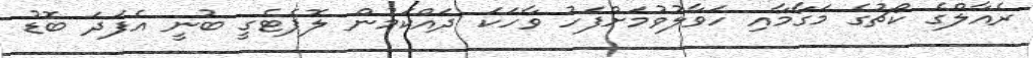
ރެއާލްގެ ކޯޗުގެ މަގާމާއި ހަވާލުވުމަށްފަހު ވާހަކަ ދައްކަމުން ލޮޕެޓެގީ ބުނީ އެފަދަ ބޮޑު